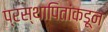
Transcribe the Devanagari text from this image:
प्रस्थापितांकडून